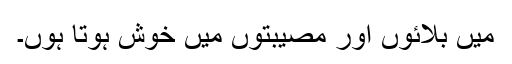
میں بلائوں اور مصیبتوں میں خوش ہوتا ہوں۔